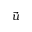
\Vec { u }